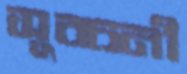
সুবচনী